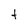
Character: t